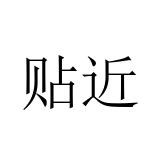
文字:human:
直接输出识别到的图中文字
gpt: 贴近